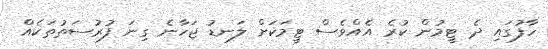
ހާފުގައި ދެ ޓީމުން ކުރެ އެއްވެސް ޓީމަކަށް ލަނޑު ޖަހާނެ ގިނަ ފުރުސަތުތަކެއް